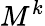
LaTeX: M^{k}